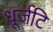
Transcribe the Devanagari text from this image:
धूर्जटि